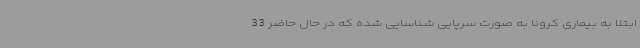
ابتلا به بیماری کرونا به صورت سرپایی شناسایی شده که در حال حاضر 33